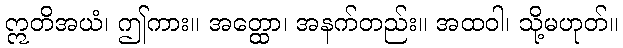
ဣတိအယံ၊ ဤကား။ အတ္ထော၊ အနက်တည်း။ အထဝါ၊ သို့မဟုတ်။